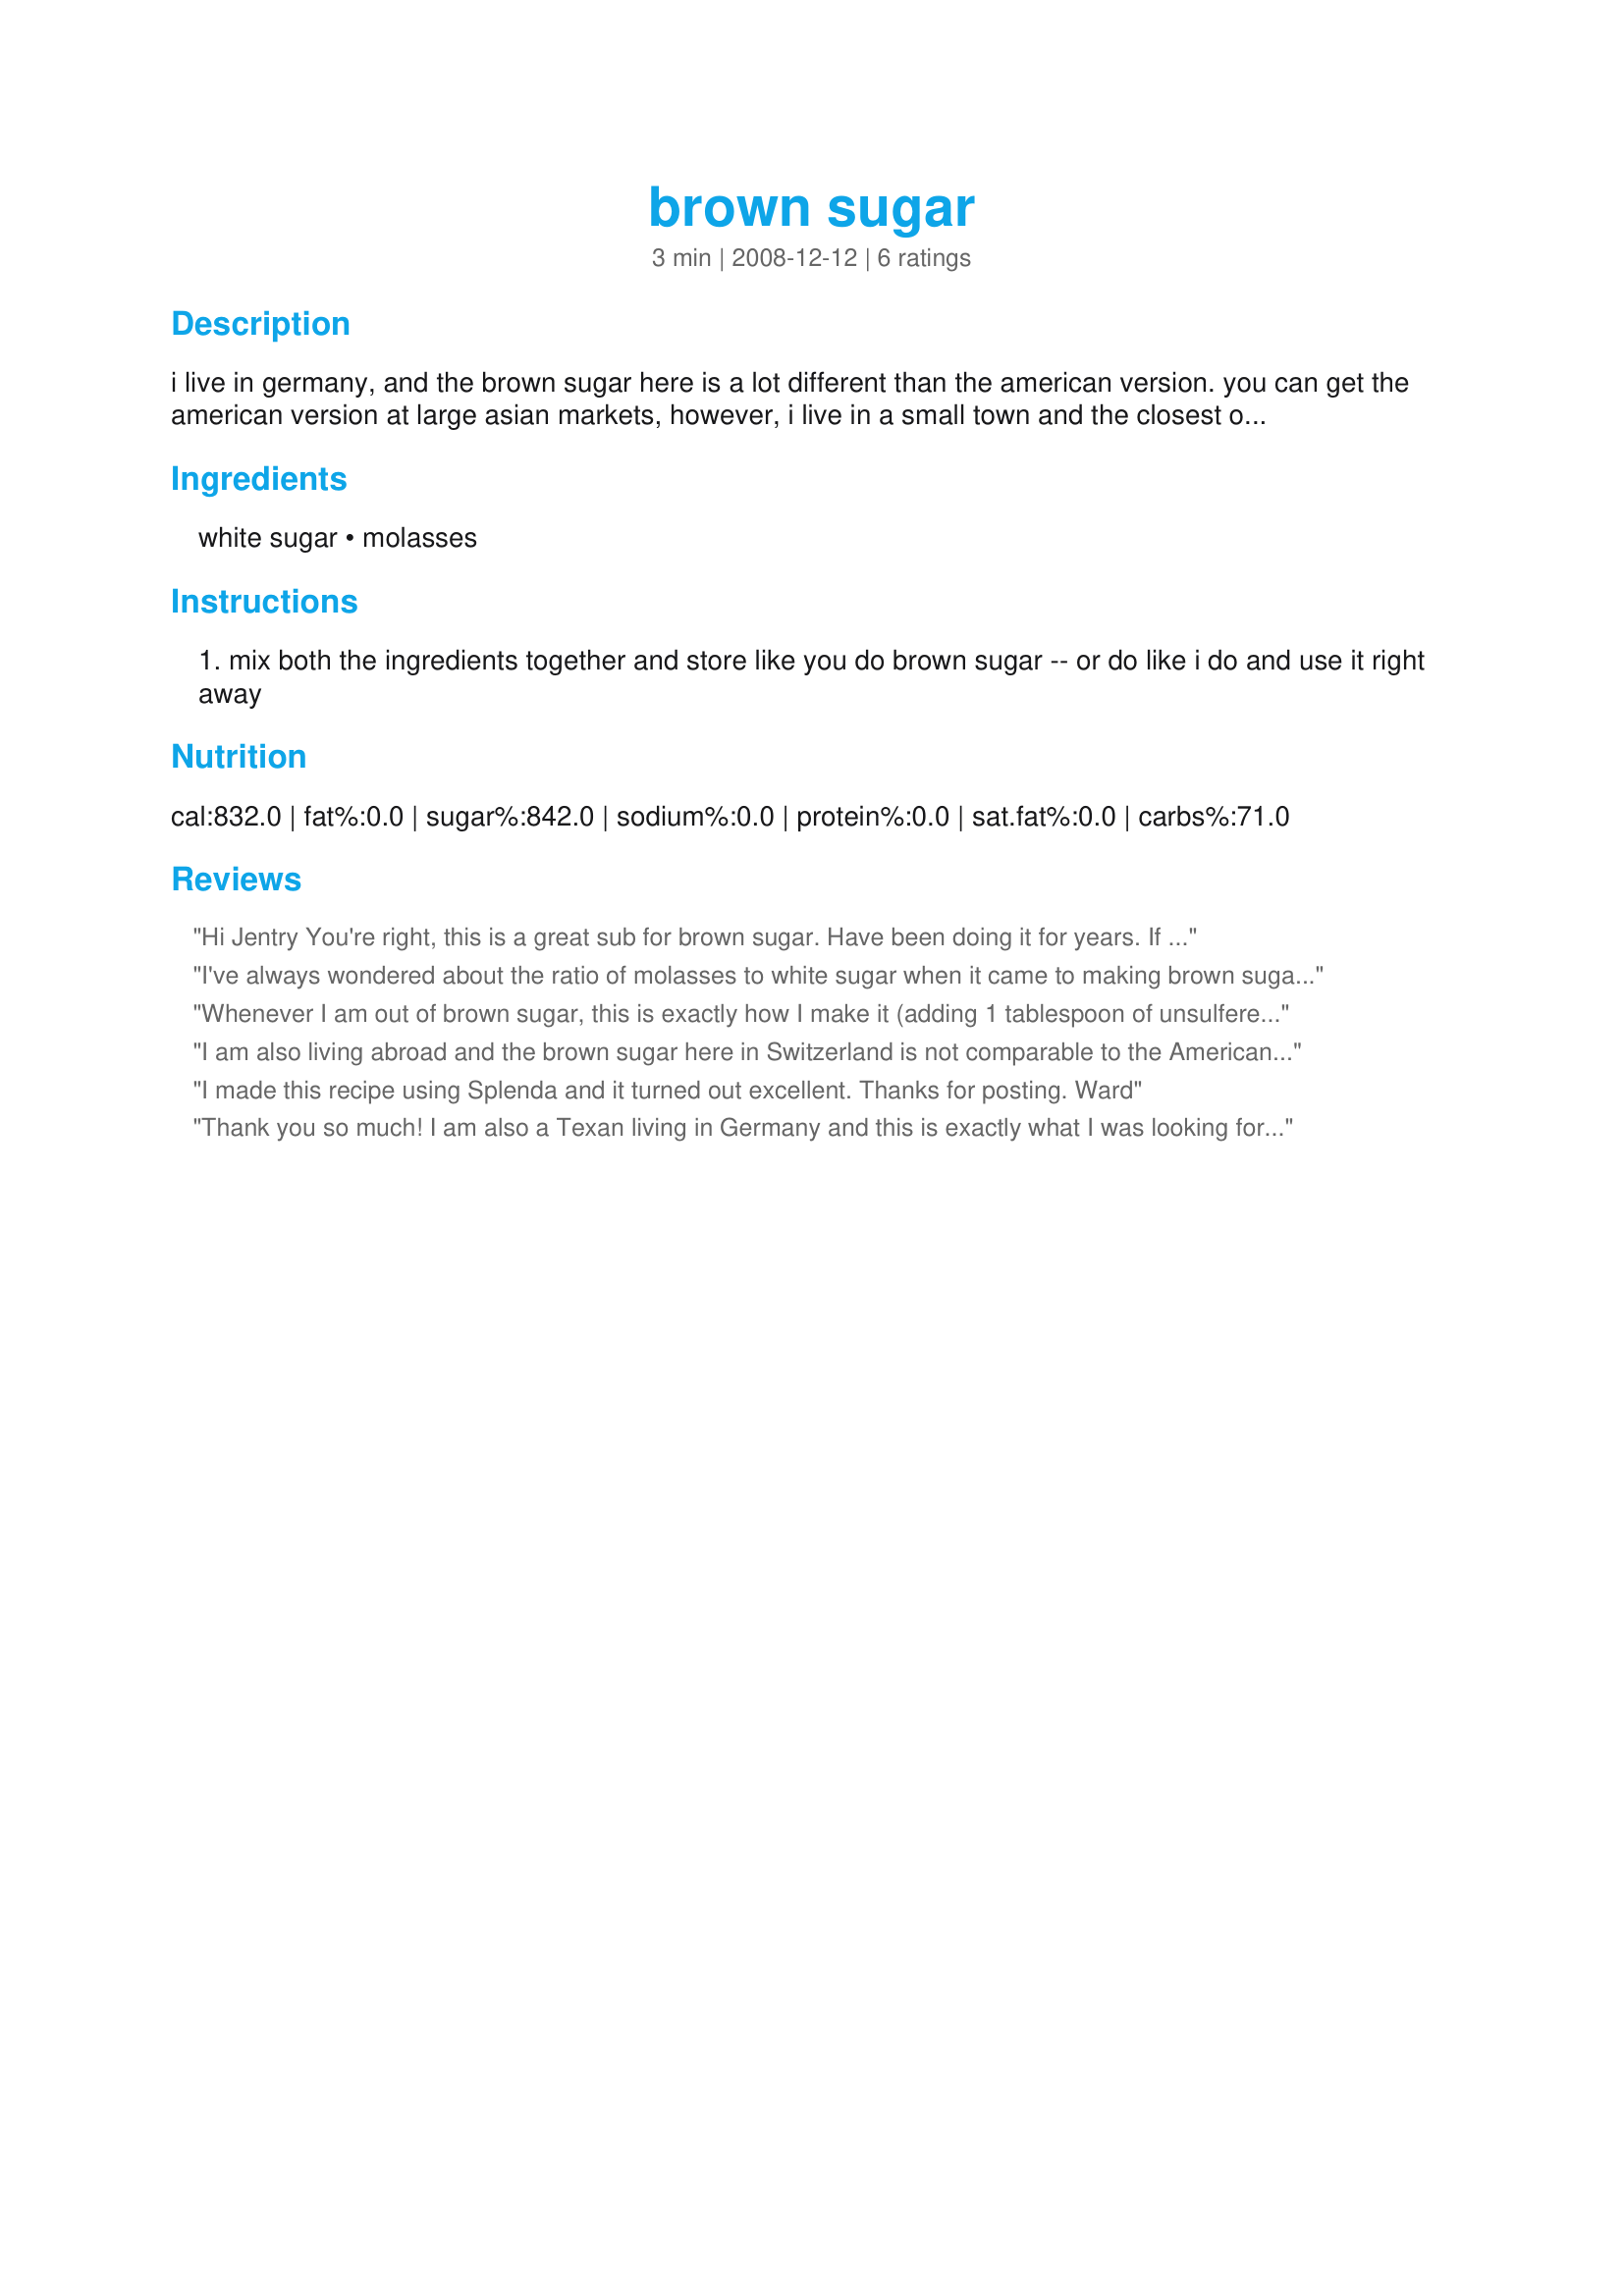
brown sugar
Preparation time: 3 minutes

i live in germany, and the brown sugar here is a lot different than the american version. you can get the american version at large asian markets, however, i live in a small town and the closest one is about an hour away. so, this is what i found that is a decent substitute.

Ingredients:
white sugar, molasses

Steps:
mix both the ingredients together and store like you do brown sugar -- or do like i do and use it right away

Reviews:
Hi Jentry

You're right, this is a great sub for brown sugar. Have been doing it for years. If want darker brown, just add more molasses. Good idea to post.

Judy in WA
I've always wondered about the ratio of molasses to white sugar when it came to making brown sugar, but guess I was too lazy to look it up! Now I have it right here in front of me, & have made a small batch of some really wonderful dark brown sugar, which I like to use in oatmeal & even over a bowl of dry cereal (with a little milk, of course)! Thanks for sharing the recipe! [Tagged, made & reviewed for one of my adoptees in the current Pick A Chef]
Whenever I am out of brown sugar, this is exactly how I make it
(adding 1 tablespoon of
unsulfered dark molasses to 1 cup of sugar). Over 30 years ago, my sister-in-law told me how she made dark brown sugar, and this is the exact recipe she used. Whenever I have light brown sugar, but prefer to have dark brown sugar, I just add a bit of unsulfered dark molasses to it.
Even tho I've known for years how to make Brown Sugar, "thank you" Jentry for posting this recipe, so others now know how to make it as well.
I am also living abroad and the brown sugar here in Switzerland is not comparable to the American version. This worked perfectly! Thank you!
I made this recipe using Splenda and it turned out excellent. Thanks for posting. Ward
Thank you so much! I am also a Texan living in Germany and this is exactly what I was looking for. How annoying is it that you can't buy brown sugar here? :)
